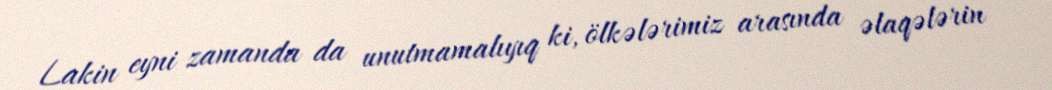
Lakin eyni zamanda da unutmamalıyıq ki, ölkələrimiz arasında əlaqələrin